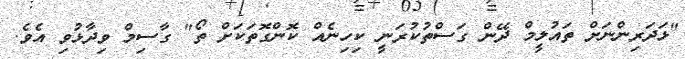
"ޅަދަރިންނަށް ތައުލީމް ދޭން ގަސްތުކުރަނީ ކިހިނެއް ކޮންގޮތަކަށް ތޯ" ގާސިމް ވިދާޅުވި އެވެ.